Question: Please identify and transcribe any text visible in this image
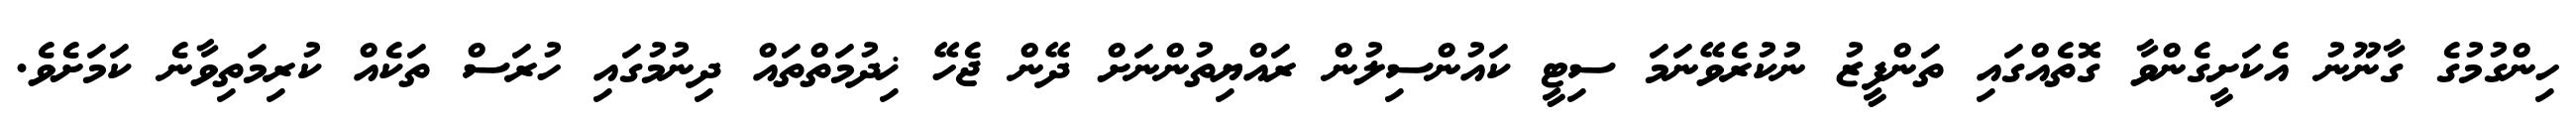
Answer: ހިންގުމުގެ ގާނޫނު އެކަށީގެންވާ ގޮތެއްގައި ތަންފީޒު ނުކުރެވޭނަމަ ސިޓީ ކައުންސިލުން ރައްޔިތުންނަށް ދޭން ޖެހޭ ޚިދުމަތްތައް ދިނުމުގައި ހުރަސް ތަކެއް ކުރިމަތިވާނެ ކަމަށެވެ.